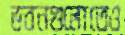
ভবনগুলোতেও